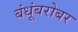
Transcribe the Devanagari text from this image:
बंधूंबरोबर